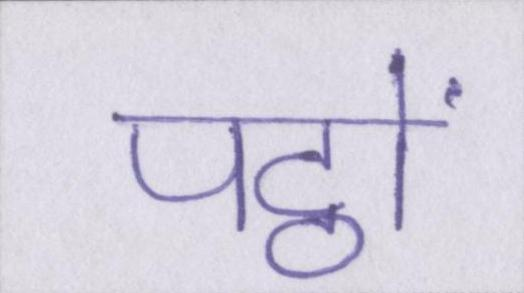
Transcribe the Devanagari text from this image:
पट्ठों